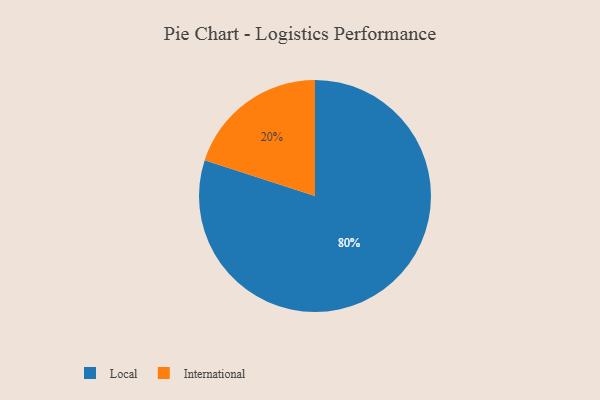
{"axis": {"x": "Category", "y": "Percentage"}, "legend": ["International", "Local"], "data": [{"x": "International", "y": 20, "type": "International"}, {"x": "Local", "y": 80, "type": "Local"}]}